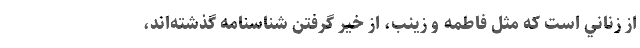
از زناني است كه مثل فاطمه و زينب، از خير گرفتن شناسنامه گذشته‌اند،